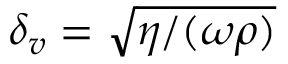
\delta _ { v } = \sqrt { \eta / ( \omega \rho ) }